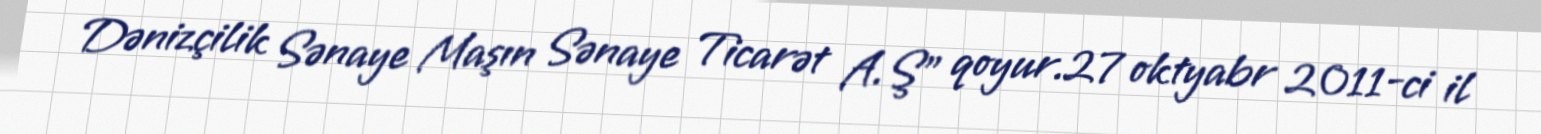
Dənizçilik Sənaye Maşın Sənaye Ticarət A.Ş” qoyur.27 oktyabr 2011-ci il